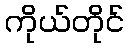
ကိုယ်တိုင်